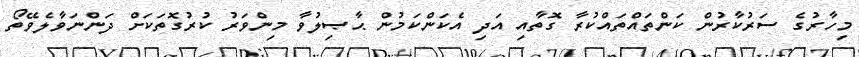
މިހާރުގެ ސަރުކާރުން ކަންތައްތައްކުރާ ގޮތާއި އަދި އެކަންކަމުން ޙާޞިލުވާ މިންވަރު ކުރުގޮތަކަށް ދަންނަވާލެވޭތޯ